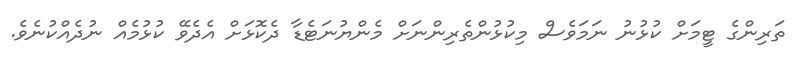
ތަރިންގެ ޓީމަށް ކުޅުނު ނަމަވެސް މިކުޅުންތެރިންނަށް މެންޔުނަޓެޑާ ދެކޮޅަށް އެދެވޭ ކުޅުމެއް ނުދެއްކުނެވެ.